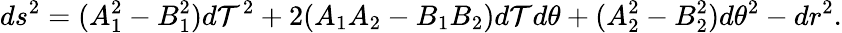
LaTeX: ds^{2}=(A_{1}^{2}-B_{1}^{2})d\mathcal{T}^{2}+2(A_{1}A_{2}-B_{1}B_{2})d\mathcal{T}d\theta+(A_{2}^{2}-B_{2}^{2})d\theta^{2}-dr^{2}.